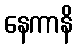
နေကာနိ